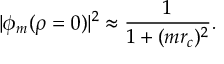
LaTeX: | \phi _ { m } ( \rho = 0 ) | ^ { 2 } \approx \frac { 1 } { 1 + ( m r _ { c } ) ^ { 2 } } .